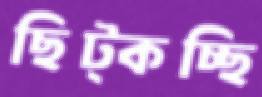
ছিট্‌কচ্ছি